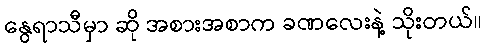
နွေရာသီမှာ ဆို အစားအစာက ခဏလေးနဲ့ သိုးတယ်။